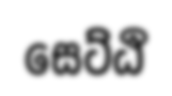
සෙට්ඨි